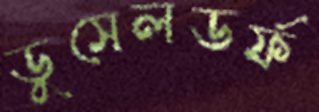
ডুসেলডর্ফ